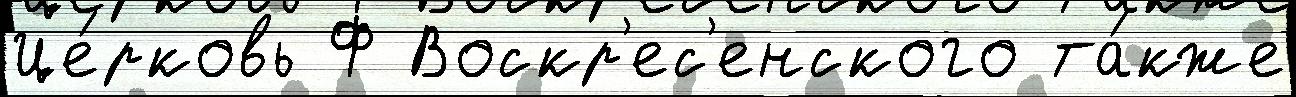
Це́рковь Ф Воскр'ес'енского та́кже